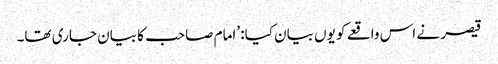
قیصر نے اس واقعے کو یوں بیان کیا: ’امام صاحب کا بیان جاری تھا۔